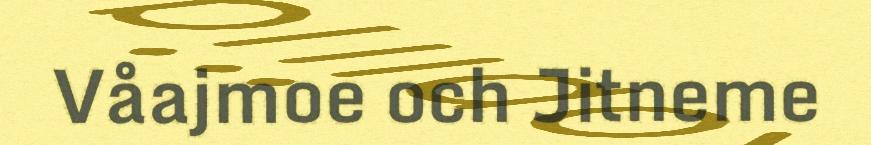
Våajmoe och Jitneme